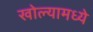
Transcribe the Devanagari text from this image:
खोल्यामध्ये